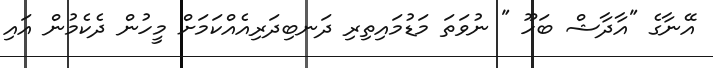
އޭނާގެ "އާދާޝް ބަހޫ " ނުވަތަ މަޑުމައިތިރި ދަނބިދަރިއެއްކަމަށް މީހުން ދެކެމުން އައި